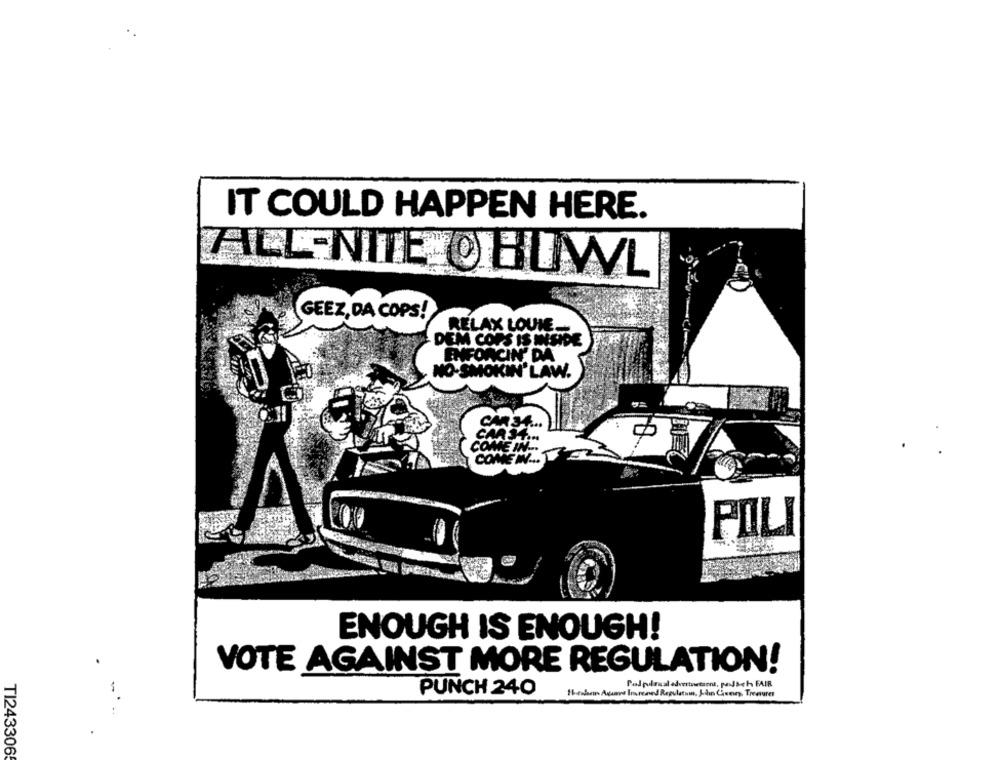
IT COULD HAPPEN HERE.
ALL NITE OBUWL
GEEZ, DA COPS!
RELAX LOUNE
DEM COPS IS INSIDE
ENFONCIN' DA
SMOKIN' LAW.
CAR
POLI
ENOUGH IS ENOUGH!
VOTE AGAINST MORE REGULATION!
Hewhen Auams Inroned Regulatum, Ihin Cheney, Treasurer
PUNCH 240
TI2433065